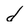
Character: d